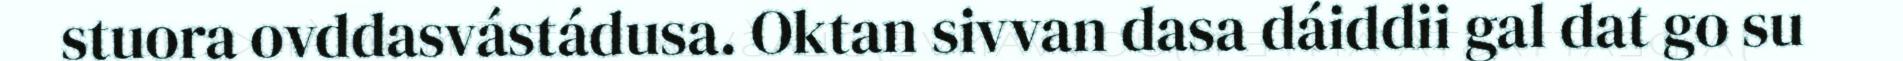
stuora ovddasvástádusa. Oktan sivvan dasa dáiddii gal dat go su